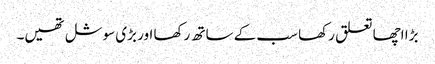
بڑا اچھا تعلق رکھا سب کے ساتھ رکھا اور بڑی سوشل تھیں۔